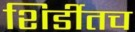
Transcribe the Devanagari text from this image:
शिर्डीतच